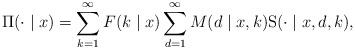
LaTeX: \begin{align*}\Pi(\cdot\mid x) = \sum_{k=1}^{\infty}F( k \mid x) \sum_{d=1}^{\infty} M(d\mid x,k) \mathrm{S}(\cdot\mid x, d, k),\end{align*}